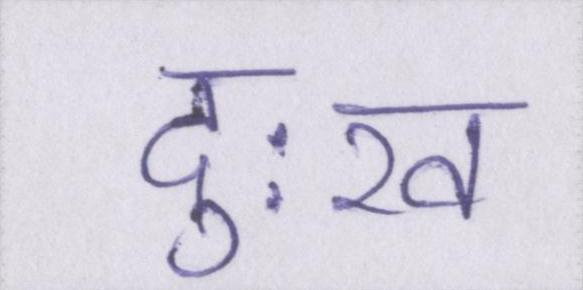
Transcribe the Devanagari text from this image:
दुःख